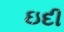
ઇદી